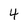
Character: 4